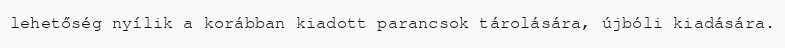
lehetőség nyílik a korábban kiadott parancsok tárolására, újbóli kiadására.